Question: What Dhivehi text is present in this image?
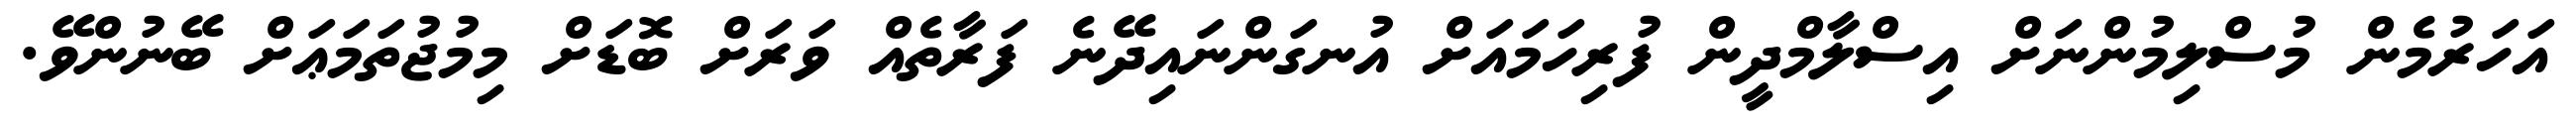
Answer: އަހަރުމެން މުސްލިމުންނަށް އިސްލާމްދީން ފުރިހަމައަށް އުނގަންނައިދޭނެ ފަރާތެއް ވަރަށް ބޮޑަށް މިމުޖުތަމަޢަށް ބޭނުންވޭ.